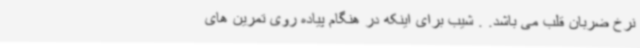
نرخ ضربان قلب می باشد. . شیب برای اینکه در هنگام پیاده روی تمرین های